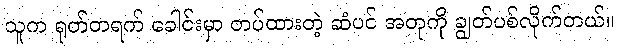
သူက ရုတ်တရက် ခေါင်းမှာ တပ်ထားတဲ့ ဆံပင် အတုကို ချွတ်ပစ်လိုက်တယ်။